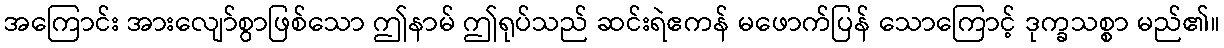
အကြောင်း အားလျော်စွာဖြစ်သော ဤနာမ် ဤရုပ်သည် ဆင်းရဲဧကန် မဖောက်ပြန် သောကြောင့် ဒုက္ခသစ္စာ မည်၏။